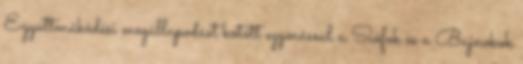
Együttműködési megállapodást kötött egymással a Siófok és a Bajnokok